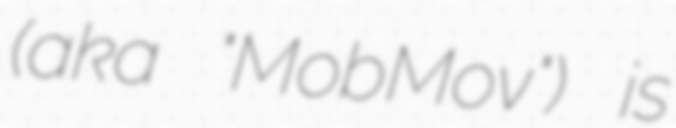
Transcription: (aka "MobMov") is